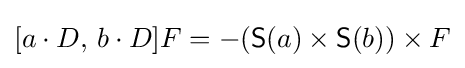
[a\cdot D,\,b\cdot D]F=-({\mathsf {S}}(a)\times {\mathsf {S}}(b))\times F